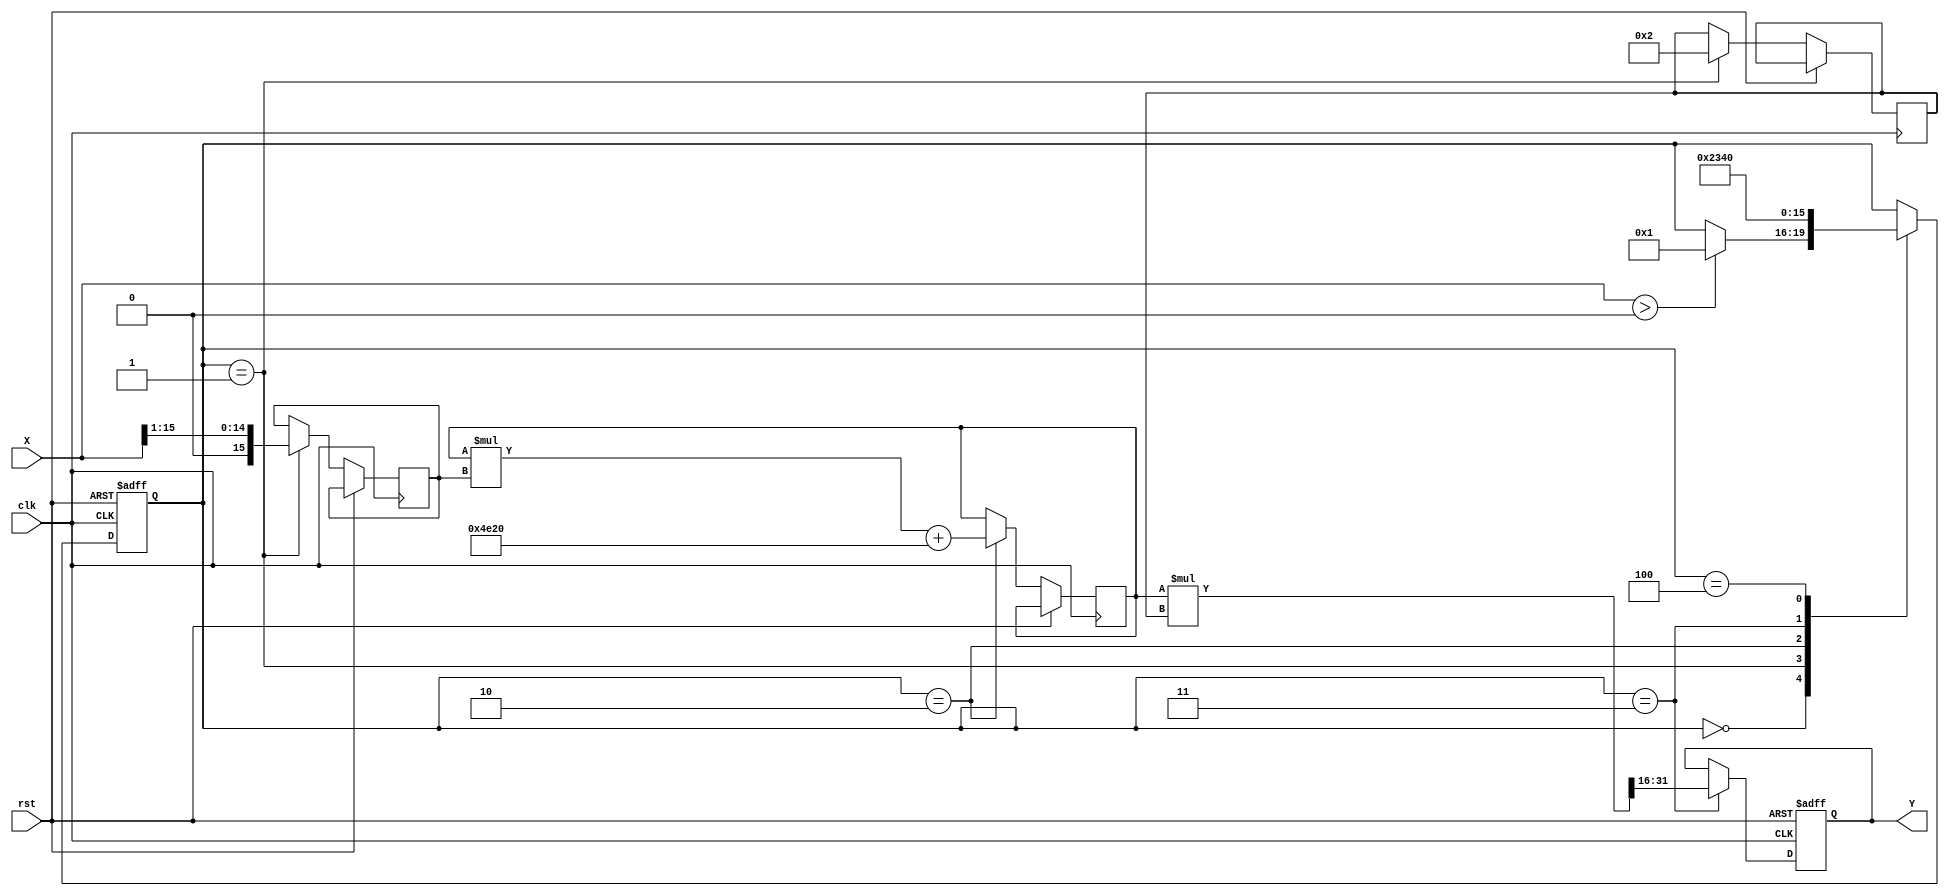
module poly_reciprocal (
    input wire [15:0] X,       // Input: 16-bit fixed-point number (X > 0)
    output reg [15:0] Y,       // Output: 16-bit fixed-point reciprocal (Y = 1/X)
    input wire clk,            // Clock signal
    input wire rst             // Reset signal
);
    
    // Polynomial coefficients for the approximation (example coefficients)
    parameter C0 = 16'h1C71;  // Coefficient for x^0 (1.0)
    parameter C1 = 16'hE42C;  // Coefficient for x^1 (-0.2857)
    parameter C2 = 16'hA7B2;  // Coefficient for x^2 (0.1429)
    parameter C3 = 16'h4E20;  // Coefficient for x^3 (-0.047619)
    
    reg [15:0] normalized_X;
    reg [31:0] polynomial_result; // Intermediate result for polynomial evaluation
    reg [15:0] scaling_factor;    // Scaling factor for the output
    reg [3:0] state;

    localparam IDLE = 0, NORMALIZE = 1, POLY_EVAL = 2, SCALE = 3, OUTPUT = 4;

    always @(posedge clk or posedge rst) begin
        if (rst) begin
            Y <= 16'h0000;
            state <= IDLE;
        end else begin
            case (state)
                IDLE: begin
                    if (X > 0) begin
                        // Start normalization
                        state <= NORMALIZE;
                    end
                end
                
                NORMALIZE: begin
                    // Normalize X to the range [0.5, 1.0]
                    // For simplicity, assuming X is in the range [1, 65535]
                    normalized_X <= X >> 1; // Shift right by 1 (divide by 2)
                    scaling_factor <= 16'h0002; // Scaling factor for output (multiply by 2)
                    state <= POLY_EVAL;
                end
                
                POLY_EVAL: begin
                    // Evaluate polynomial using Horner's method
                    polynomial_result <= C0; // Start with c0
                    polynomial_result <= polynomial_result * normalized_X + C1;
                    polynomial_result <= polynomial_result * normalized_X + C2;
                    polynomial_result <= polynomial_result * normalized_X + C3;
                    state <= SCALE;
                end
                
                SCALE: begin
                    // Scale the result
                    Y <= (polynomial_result * scaling_factor) >> 16; // Adjust for fixed-point
                    state <= OUTPUT;
                end
                
                OUTPUT: begin
                    // Output the result
                    // Could add logic to finalize output or prepare for next input
                    state <= IDLE;
                end
            endcase
        end
    end
endmodule